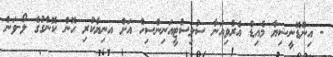
- އިންޑޮނީޝިޔާ މެއިޑް އެރްވިއަނާ ސުލިސްޓީއަނިންސިހް އަށް އނިޔާކުރި ހޮން ކޮންގުގެ ލޯ-ވަން